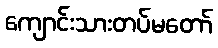
ကျောင်းသားတပ်မတော်